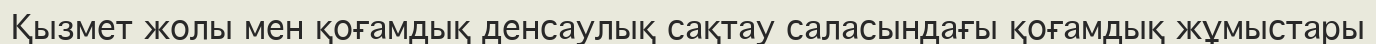
Қызмет жолы мен қоғамдық денсаулық сақтау саласындағы қоғамдық жұмыстары